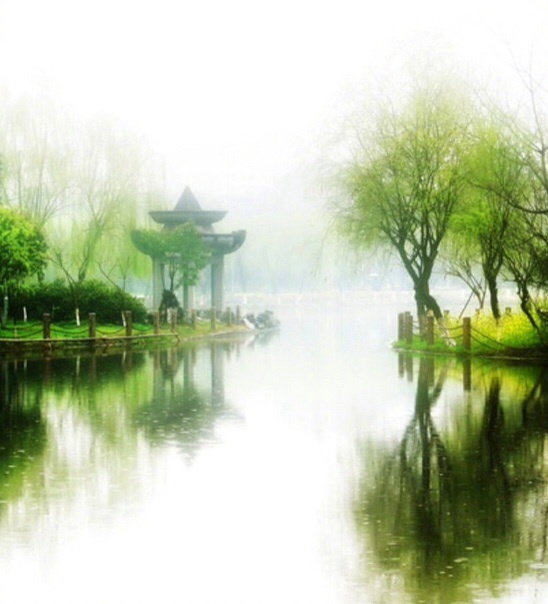
小雨纤纤风细细，万家杨柳青烟里。